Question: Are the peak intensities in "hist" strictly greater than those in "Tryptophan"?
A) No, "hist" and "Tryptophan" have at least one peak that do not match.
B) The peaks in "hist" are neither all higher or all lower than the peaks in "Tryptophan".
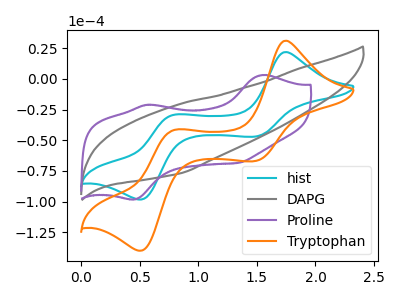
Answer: <think>The cyan curve "hist" has anodic peaks at (1.75V, 21.80uA) (0.80V, -29.40uA) and cathodic peaks at (1.50V, -46.95uA) (0.50V, -98.25uA). The gray curve "DAPG" has no peaks. The purple curve "Proline" has anodic peaks at (1.55V, 3.10uA) (0.55V, -21.05uA) and cathodic peaks at (0.45V, -98.10uA) (1.35V, -68.35uA). The orange curve "Tryptophan" has anodic peaks at (1.75V, 31.05uA) (0.80V, -41.85uA) and cathodic peaks at (1.50V, -66.85uA) (0.50V, -139.90uA).</think>
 <answer>B) The peaks in "hist" are neither all higher or all lower than the peaks in "Tryptophan".</answer>
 <eval>B</eval>